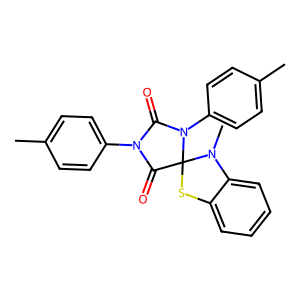
SMILES: Cc1ccc(N2C(=O)N(c3ccc(C)cc3)C3(Sc4ccccc4N3C)C2=O)cc1
Inhibits HIV replication: No